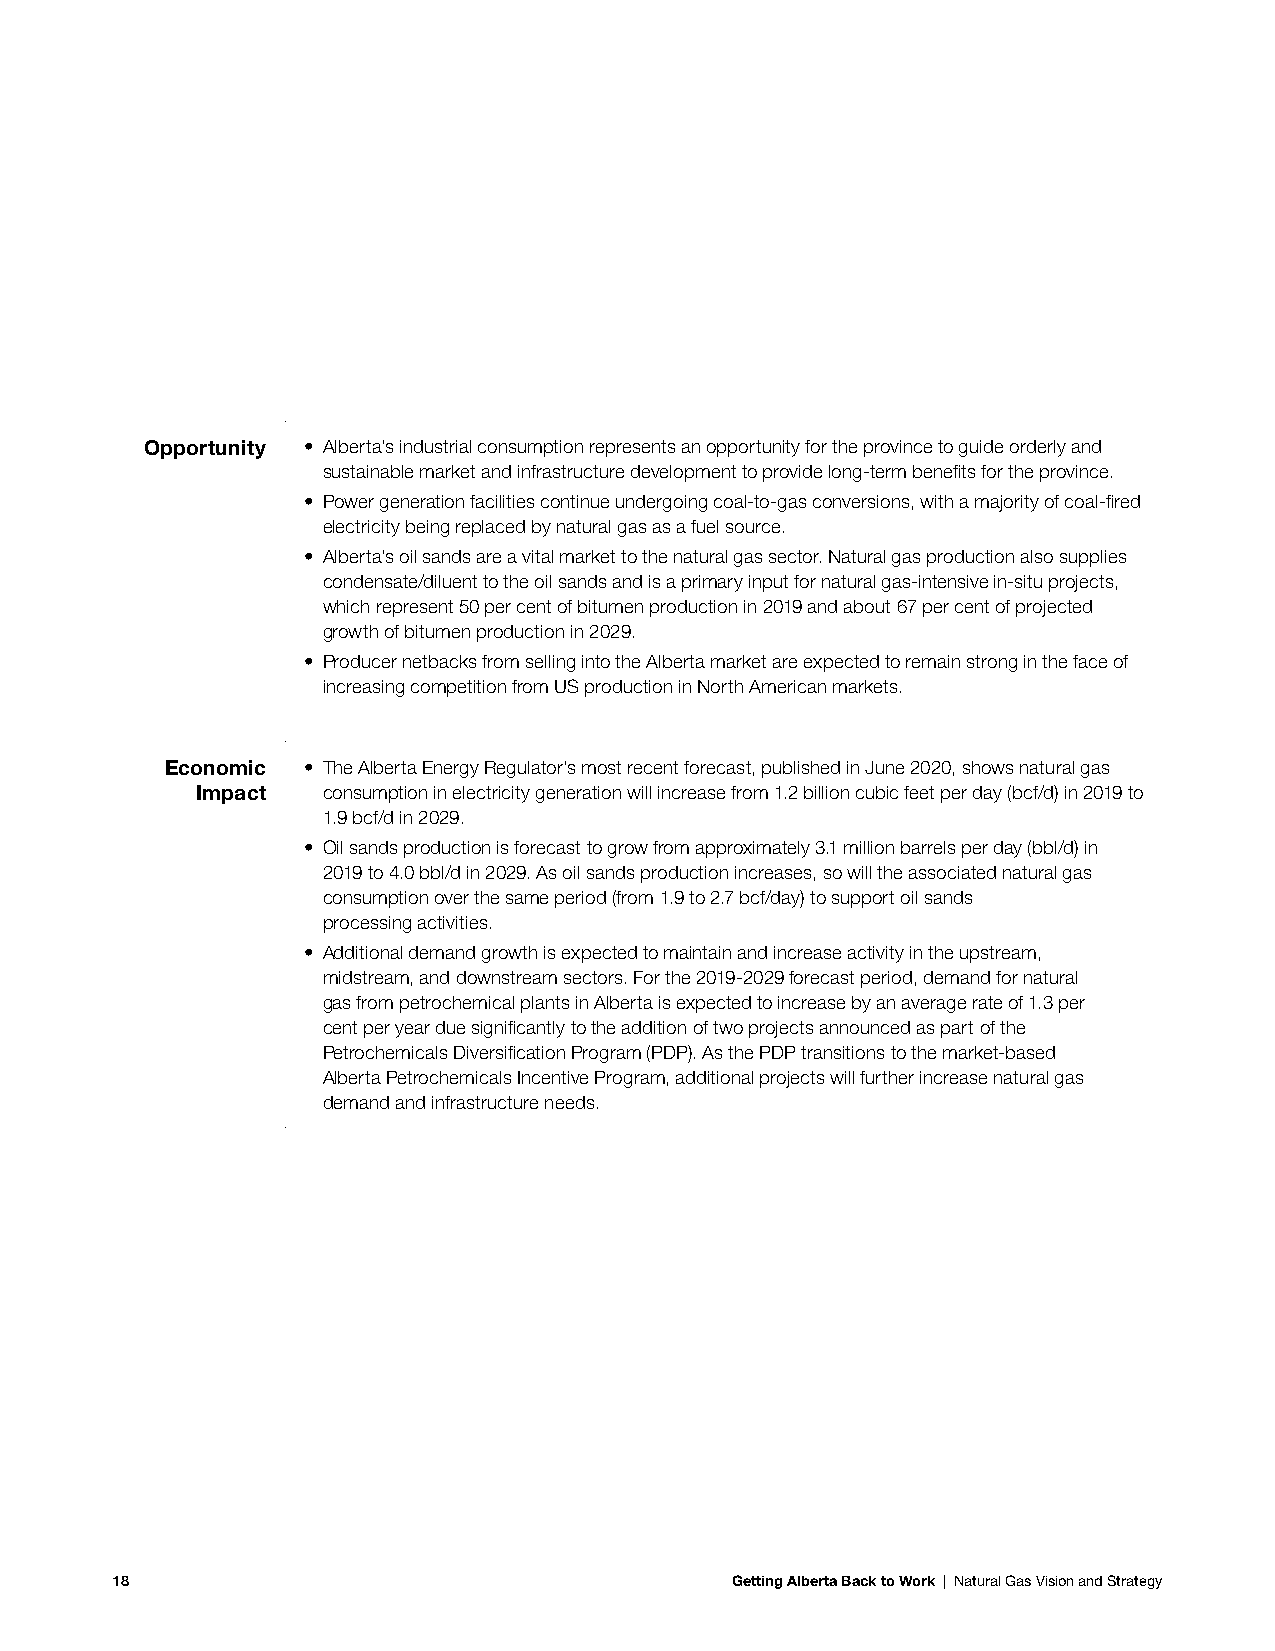
Opportunity • Alberta’s industrial consumption represents an opportunity for the province to guide orderly and
 sustainable market and infrastructure development to provide long-term benefits for the province.
 • Power generation facilities continue undergoing coal-to-gas conversions, with a majority of coal-fired
 electricity being replaced by natural gas as a fuel source.
 • Alberta’s oil sands are a vital market to the natural gas sector. Natural gas production also supplies
 condensate/diluent to the oil sands and is a primary input for natural gas-intensive in-situ projects,
 which represent 50 per cent of bitumen production in 2019 and about 67 per cent of projected
 growth of bitumen production in 2029.
 • Producer netbacks from selling into the Alberta market are expected to remain strong in the face of
 increasing competition from US production in North American markets.
 Economic • The Alberta Energy Regulator’s most recent forecast, published in June 2020, shows natural gas
 Impact  consumption in electricity generation will increase from 1.2 billion cubic feet per day (bcf/d) in 2019 to
 1.9 bcf/d in 2029.
 • Oil sands production is forecast to grow from approximately 3.1 million barrels per day (bbl/d) in
 2019 to 4.0 bbl/d in 2029. As oil sands production increases, so will the associated natural gas
 consumption over the same period (from 1.9 to 2.7 bcf/day) to support oil sands
 processing activities.
 • Additional demand growth is expected to maintain and increase activity in the upstream,
 midstream, and downstream sectors. For the 2019-2029 forecast period, demand for natural
 gas from petrochemical plants in Alberta is expected to increase by an average rate of 1.3 per
 cent per year due significantly to the addition of two projects announced as part of the
 Petrochemicals Diversification Program (PDP). As the PDP transitions to the market-based
 Alberta Petrochemicals Incentive Program, additional projects will further increase natural gas
 demand and infrastructure needs.
 18                                       Getting Alberta Back to Work | Natural Gas Vision and Strategy